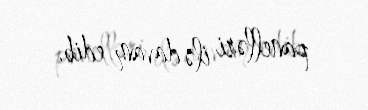
panelləri ilə davam edib.